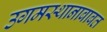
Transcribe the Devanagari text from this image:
उगमस्थानाबाबत